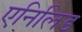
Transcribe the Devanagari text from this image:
एनिलिड